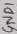
Text: GND1